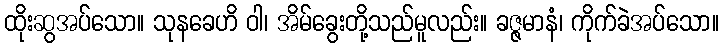
ထိုးဆွအပ်သော။ သုနခေဟိ ဝါ၊ အိမ်ခွေးတို့သည်မူလည်း။ ခဇ္ဇမာနံ၊ ကိုက်ခဲအပ်သော။